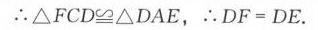
\(\therefore\triangle FCD\cong\triangle DAE\)，\(\therefore DF = DE\).